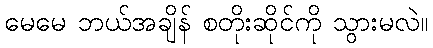
မေမေ ဘယ်အချိန် စတိုးဆိုင်ကို သွားမလဲ။